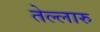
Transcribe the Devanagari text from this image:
तेल्लारु